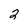
Character: 2